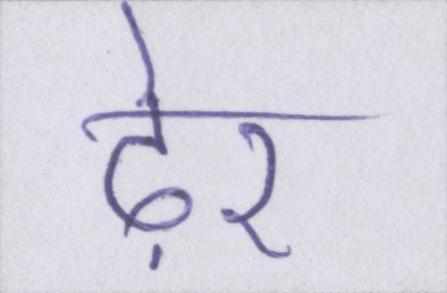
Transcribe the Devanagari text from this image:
ढ़ेर